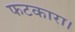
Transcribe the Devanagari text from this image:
फटकारा।